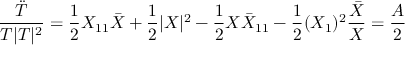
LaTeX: \frac { \ddot { T } } { T | T | ^ { 2 } } = \frac { 1 } { 2 } X _ { 1 1 } \bar { X } + \frac { 1 } { 2 } | X | ^ { 2 } - \frac { 1 } { 2 } X { \bar { X } } _ { 1 1 } - \frac { 1 } { 2 } ( X _ { 1 } ) ^ { 2 } \frac { \bar { X } } { X } = \frac { A } { 2 }